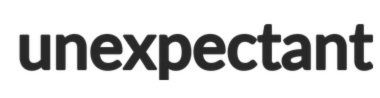
unexpectant